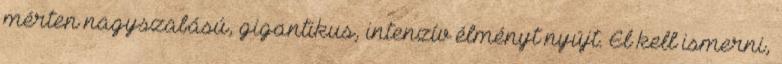
mérten nagyszabású, gigantikus, intenzív élményt nyújt. El kell ismerni,